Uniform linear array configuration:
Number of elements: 24
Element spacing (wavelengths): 1
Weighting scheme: hann
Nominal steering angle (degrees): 15
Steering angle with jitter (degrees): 13.272
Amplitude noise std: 0.05
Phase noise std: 0.05

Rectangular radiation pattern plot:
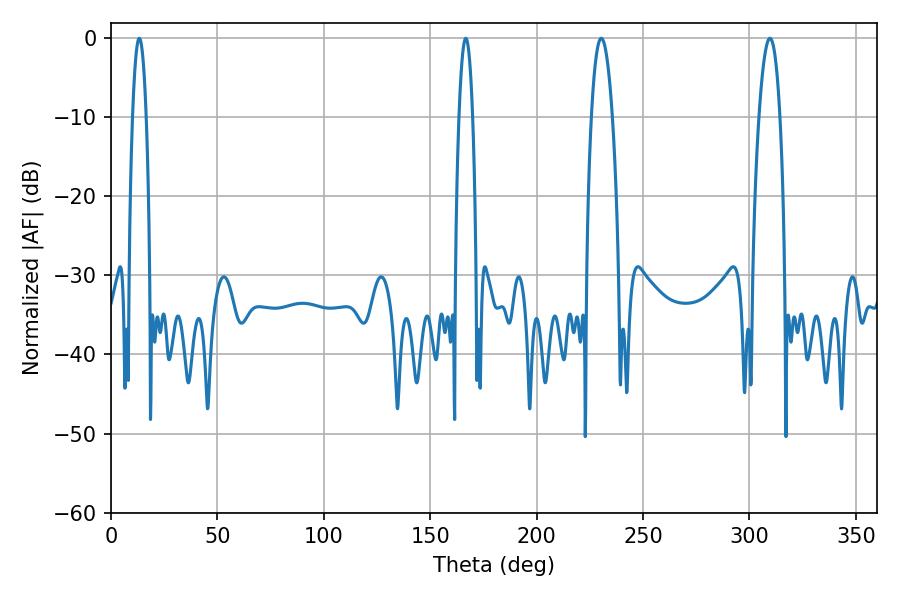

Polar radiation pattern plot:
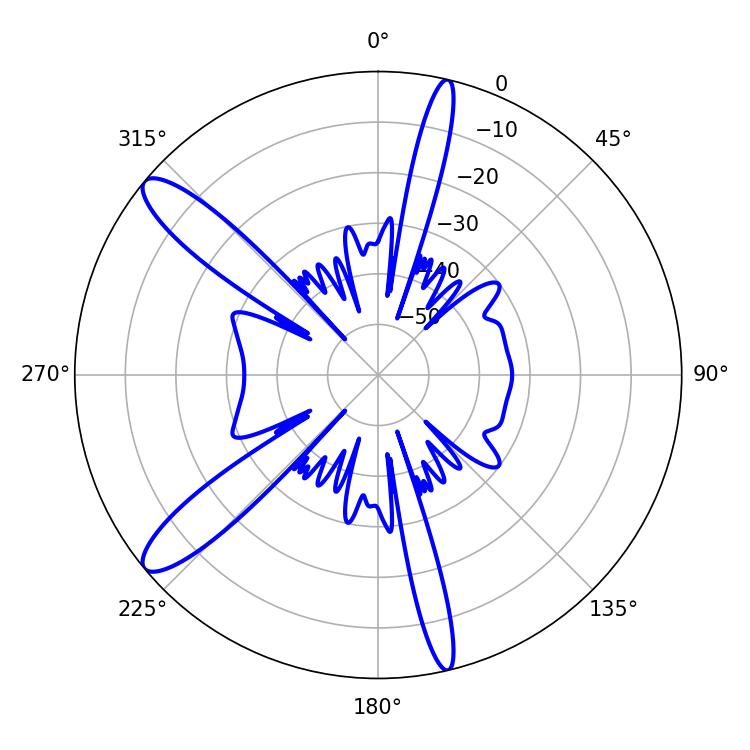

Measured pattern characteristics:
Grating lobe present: TRUE
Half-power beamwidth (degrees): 5.4
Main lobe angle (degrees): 230.4